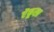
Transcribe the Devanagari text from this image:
ऐंकूसा